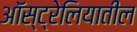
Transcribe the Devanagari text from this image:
अाॅस्ट्रेलियातील